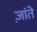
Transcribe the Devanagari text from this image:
ज़ांते